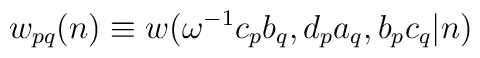
w_{pq}(n)\equiv w(\omega^{-1}c_pb_q,d_pa_q,b_pc_q|n)